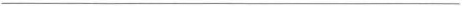
-----------------------